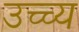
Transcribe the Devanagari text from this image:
उच्च्य